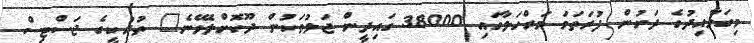
މިގަވާއިދުގެ ދަށުން ފުރަތަމަ މަރްހަލާގައި 38000 ގައިދީން ޖަލުތަކުން ދޫކޮށްލެވޭނެ" ތުރުކީގެ ޖަސްޓިސް